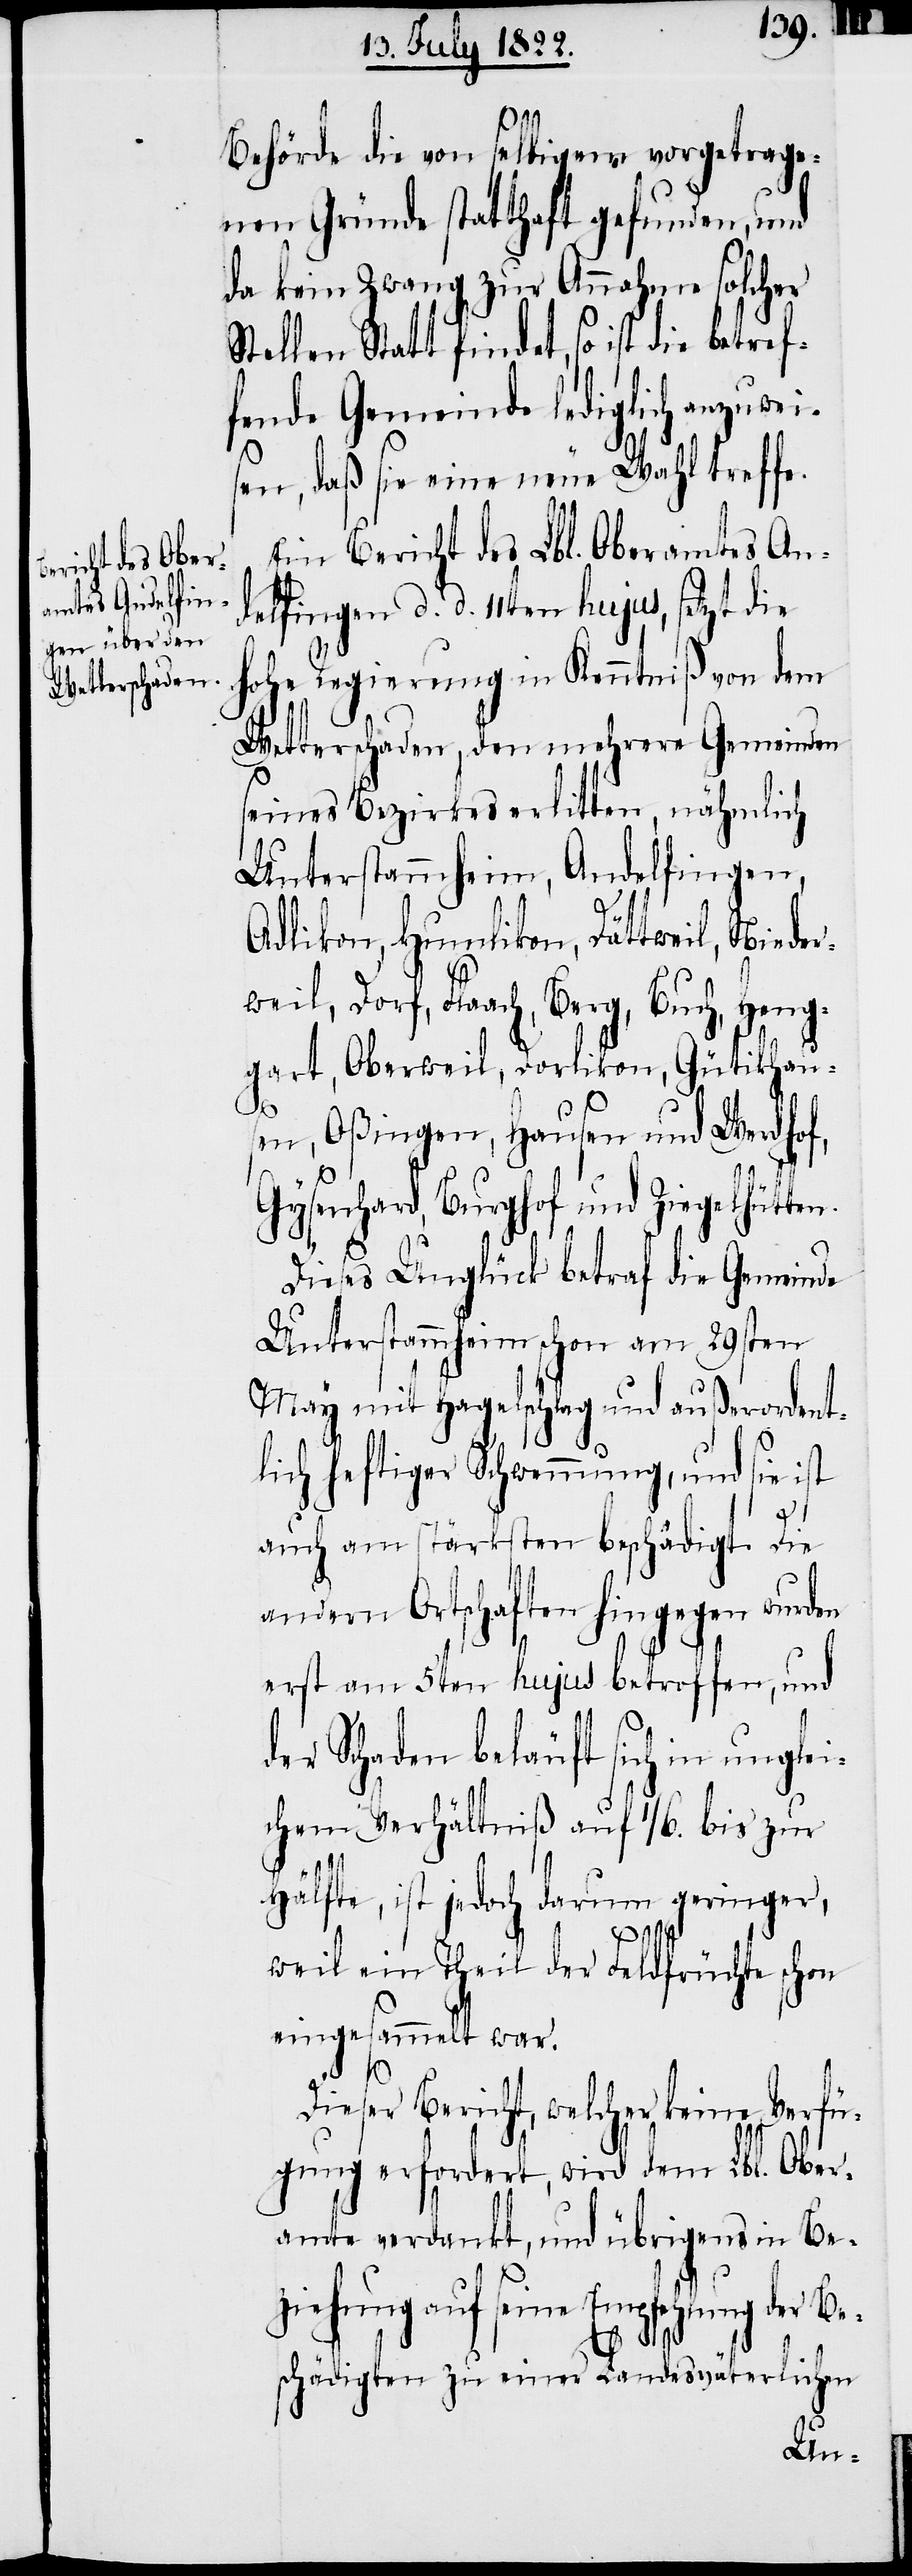
Behörde die von selbigem vorgetrage¬
nen Gründe statthaft gefunden, und
da kein Zwang zur Annahme solcher
Stellen Statt findet, so ist die betref¬
fende Gemeinde lediglich anzuwei¬
sen, daß sie eine neue Wahl treffe.
Ein Bericht des Lbl. Oberamtes An¬
delfingen d. d. 11ten hujus, setzt die
Hohe Regierung in Kenntniß von dem
Wetterschaden, den mehrere Gemeinden
seines Bezirkes erlitten, nähmlich
Unterstammheim, Andelfingen,
Adlikon, Humlikon, Dättweil, Nieder¬
weil, Dorf, Flaach, Berg, Buch, Heng¬
art, Oberweil, Dorlikon, Gütikhaus¬
en
en, Oßingen, Hausen und Werdhof,
Gysenhard, Burghof und Ziegelhütten.
Dieses Unglück betraf die Gemeinde
Unterstammheim schon am 29sten
May mit Hagelschlag und außerordent¬
lich heftiger Schwemmung, und sie ist
auch am stärksten beschädigt. Die
andern Ortschaften hingegen wurd¬
erst am 5ten hujus betroffen, und
der Schaden beläuft sich in unglei¬
chem Verhältniß auf 1/6. bis zur
Hälfte, ist jedoch darum geringer,
weil ein Theil der Feldfrüchte schon
eingesammelt war.
Dieser Bericht, welcher keine Verfü¬
gung erfordert, wird dem Lbl. Ober¬
amte verdankt, und übrigens in Be¬
ziehung auf seine Empfehlung der B¬
eschädigten zu einer Landesväterlichen